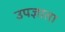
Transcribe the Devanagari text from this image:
उपज्ञाता